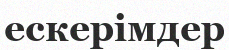
ескерімдер